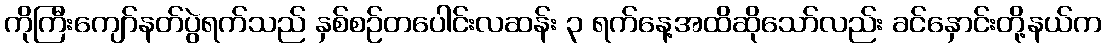
ကိုကြီးကျော်နတ်ပွဲရက်သည် နှစ်စဉ်တပေါင်းလဆန်း ၃ ရက်နေ့အထိဆိုသော်လည်း ခင်နှောင်းတို့နယ်က